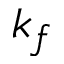
k _ { f }